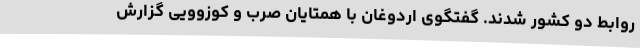
روابط دو کشور شدند. گفتگوی اردوغان با همتایان صرب و کوزوویی گزارش